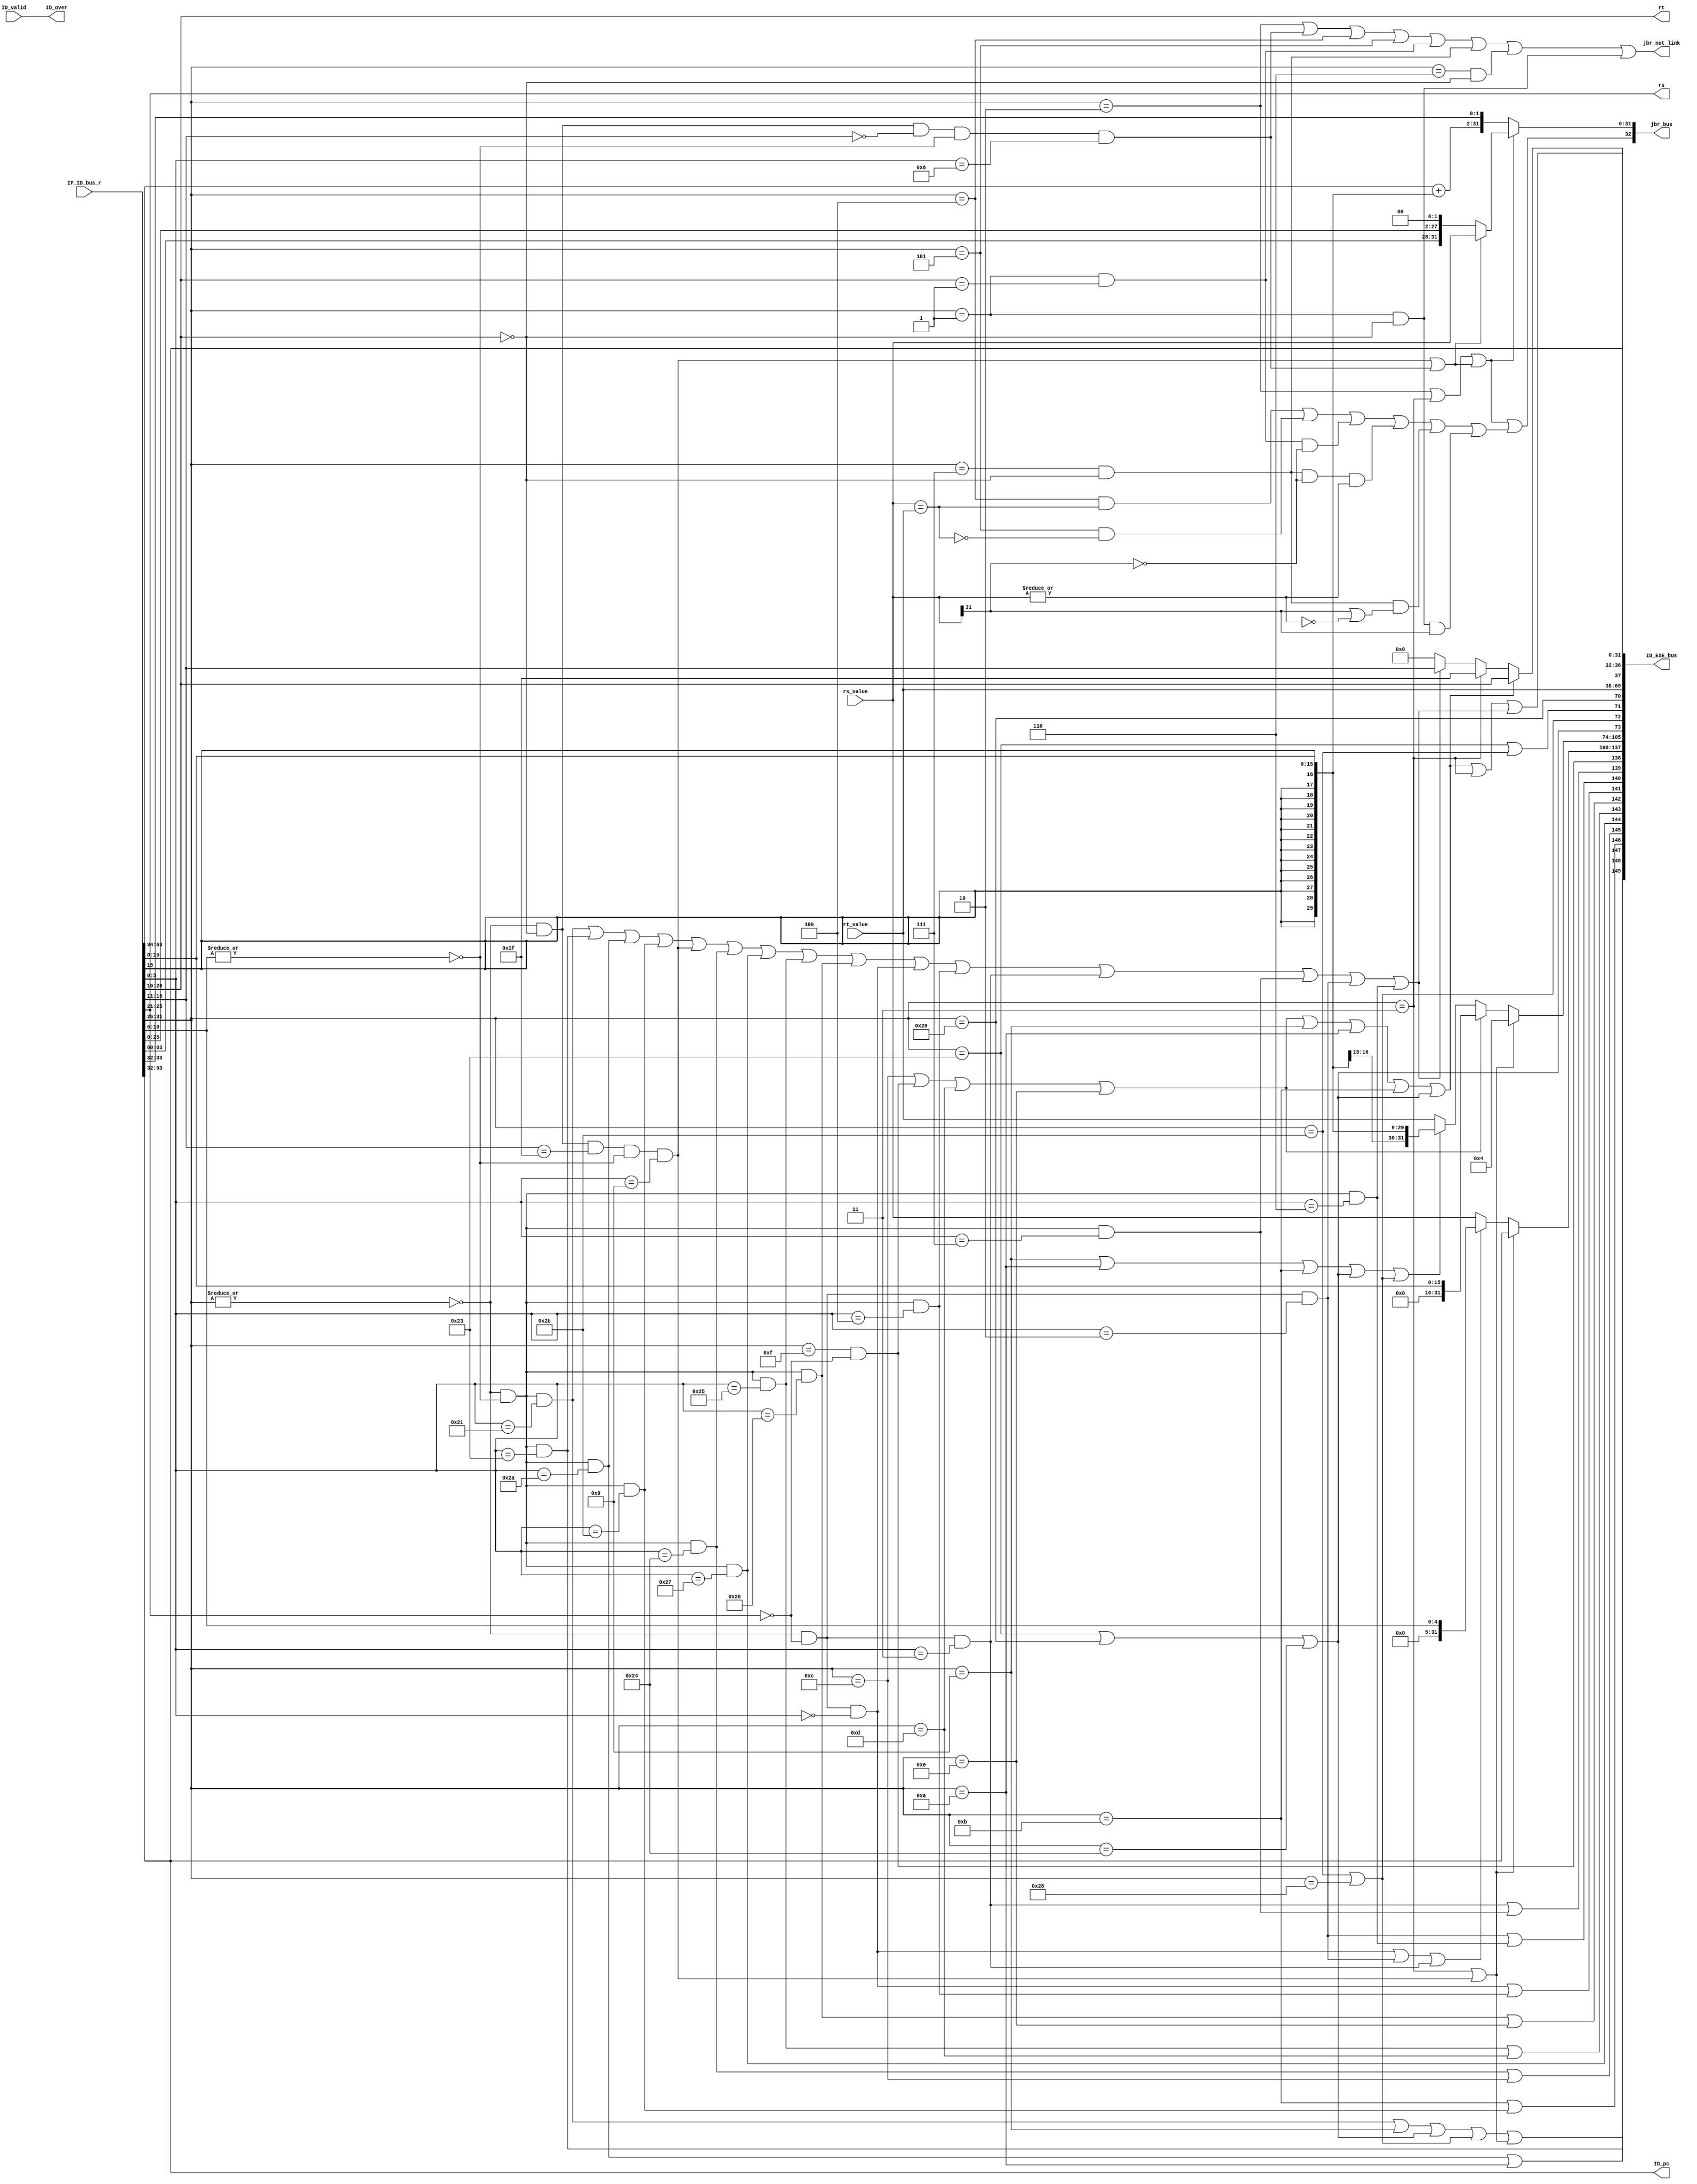
`timescale 1ps / 1ps
module st2_decode (  // 
    input ID_valid,  // 
    input [63:0] IF_ID_bus_r,  // IF->ID
    input [31:0] rs_value,  // 1
    input [31:0] rt_value,  // 2
    output [4:0] rs,  // 1
    output [4:0] rt,  // 2
    output [32:0] jbr_bus,  //  {jbr_taken, jbr_target}
    output jbr_not_link,  // link
    output ID_over,  // ID
    output [149:0] ID_EXE_bus,  // ID->EXE

    //pc
    output [31:0] ID_pc
);
  // IF->ID begin
  wire [31:0] pc;
  wire [31:0] inst;
  assign {pc, inst} = IF_ID_bus_r;  // IF->IDpc
  // IF->ID end

  //inst decode begin
  wire [ 5:0] op;
  wire [ 4:0] rd;
  wire [ 4:0] sa;
  wire [ 5:0] funct;
  wire [15:0] imm;
  wire [15:0] offset;
  wire [25:0] target;

  assign op = inst[31:26];  // 
  assign rs = inst[25:21];  // 1
  assign rt = inst[20:16];  // 2
  assign rd = inst[15:11];  // 
  assign sa = inst[10:6];  //  
  assign funct = inst[5:0];  // 
  assign imm = inst[15:0];  //
  assign offset = inst[15:0];  // 
  assign target = inst[25:0];  // 

  // 
  wire inst_ADDU, inst_SUBU, inst_SLT, inst_AND;
  wire inst_NOR, inst_OR, inst_XOR, inst_SLL;
  wire inst_SRL, inst_ADDIU, inst_BEQ, inst_BNE;
  wire inst_LW, inst_SW, inst_LUI, inst_J;
  wire inst_SLTU, inst_JALR, inst_JR, inst_SLLV;
  wire inst_SRA, inst_SRAV, inst_SRLV, inst_SLTIU;
  wire inst_SLTI, inst_BGEZ, inst_BGTZ, inst_BLEZ;
  wire inst_BLTZ, inst_LB, inst_LBU, inst_SB;
  wire inst_ANDI, inst_ORI, inst_XORI, inst_JAL;
  wire op_zero;  //  0 
  wire sa_zero;  // sa  0 
  assign op_zero = ~(|op);
  assign sa_zero = ~(|sa);
  assign inst_ADDU = op_zero & sa_zero & (funct == 6'b100001);  // 
  assign inst_SUBU = op_zero & sa_zero & (funct == 6'b100011);  // 
  assign inst_SLT = op_zero & sa_zero & (funct == 6'b101010);  // 
  assign inst_SLTU = op_zero & sa_zero & (funct == 6'b101011);  // 
  assign inst_JALR = op_zero & (rt==5'd0) & (rd==5'd31) & sa_zero & (funct == 6'b001001); // 
  assign inst_JR = op_zero & (rt==5'd0) & (rd==5'd0) & sa_zero & (funct == 6'b001000); // 
  assign inst_AND = op_zero & sa_zero & (funct == 6'b100100);  // 
  assign inst_NOR = op_zero & sa_zero & (funct == 6'b100111);  // 
  assign inst_OR = op_zero & sa_zero & (funct == 6'b100101);  // 
  assign inst_XOR = op_zero & sa_zero & (funct == 6'b100110);  // 
  assign inst_SLL = op_zero & (rs == 5'd0) & (funct == 6'b000000);  // 
  assign inst_SLLV = op_zero & sa_zero & (funct == 6'b000100);  // 
  assign inst_SRA = op_zero & (rs == 5'd0) & (funct == 6'b000011);  // 
  assign inst_SRAV = op_zero & sa_zero & (funct == 6'b000111);  // 
  assign inst_SRL = op_zero & (rs == 5'd0) & (funct == 6'b000010);  // 
  assign inst_SRLV = op_zero & sa_zero & (funct == 6'b000110);  // 
  assign inst_ADDIU = (op == 6'b001001);  // 
  assign inst_SLTI = (op == 6'b001010);  // 
  assign inst_SLTIU = (op == 6'b001011);  // 
  assign inst_BEQ = (op == 6'b000100);  // 
  assign inst_BGEZ = (op == 6'b000001) & (rt == 5'd1);  //  0 
  assign inst_BGTZ = (op == 6'b000111) & (rt == 5'd0);  //  0 
  assign inst_BLEZ = (op == 6'b000110) & (rt == 5'd0);  //  0 
  assign inst_BLTZ = (op == 6'b000001) & (rt == 5'd0);  //  0 
  assign inst_BNE = (op == 6'b000101);  // 
  assign inst_LW = (op == 6'b100011);  // 
  assign inst_SW = (op == 6'b101011);  // 
  assign inst_LB = (op == 6'b100000);  // load 
  assign inst_LBU = (op == 6'b100100);  // load 
  assign inst_SB = (op == 6'b101000);  // 
  assign inst_ANDI = (op == 6'b001100);  // 
  assign inst_LUI = (op == 6'b001111) & (rs == 5'd0);  // 
  assign inst_ORI = (op == 6'b001101);  // 
  assign inst_XORI = (op == 6'b001110);  // 
  assign inst_J = (op == 6'b000010);  // 
  assign inst_JAL = (op == 6'b000011);  // 

  // 
  // 1
  wire inst_jr;  // 
  wire inst_j_link;  // 
  assign inst_jr = inst_JALR | inst_JR;  // 
  assign inst_j_link = inst_JAL | inst_JALR;  // 
  // link
  assign jbr_not_link = inst_J | inst_JR | inst_BEQ | inst_BNE | inst_BGEZ | inst_BGTZ | inst_BLEZ | inst_BLTZ;

  // 2load / store
  wire inst_load;
  wire inst_store;
  assign inst_load  = inst_LW | inst_LB | inst_LBU;  // load
  assign inst_store = inst_SW | inst_SB;  // store

  // 3alu12
  wire inst_add, inst_sub, inst_slt, inst_sltu;
  wire inst_and, inst_nor, inst_or, inst_xor;
  wire inst_sll, inst_srl, inst_sra, inst_lui;
  assign inst_add = inst_ADDU | inst_ADDIU | inst_load | inst_store | inst_j_link;// 
  assign inst_sub = inst_SUBU;  // 
  assign inst_slt = inst_SLT | inst_SLTI;  // 
  assign inst_sltu = inst_SLTIU | inst_SLTU;  // 
  assign inst_and = inst_AND | inst_ANDI;  // 
  assign inst_nor = inst_NOR;  // 
  assign inst_or = inst_OR | inst_ORI;  // 
  assign inst_xor = inst_XOR | inst_XORI;  // 
  assign inst_sll = inst_SLL | inst_SLLV;  // 
  assign inst_srl = inst_SRL | inst_SRLV;  // 
  assign inst_sra = inst_SRA | inst_SRAV;  // 
  assign inst_lui = inst_LUI;  // 

  // 4 sa 
  wire inst_shf_sa;
  assign inst_shf_sa = inst_SLL | inst_SRL | inst_SRA;

  // 5
  wire inst_imm_zero;  //  0 
  wire inst_imm_sign;  // 
  assign inst_imm_zero = inst_ANDI | inst_LUI | inst_ORI | inst_XORI;
  assign inst_imm_sign = inst_ADDIU | inst_SLTI | inst_SLTIU | inst_load | inst_store;

  // 6
  wire inst_wdset_rt;  // rt
  wire inst_wdset_31;  // 31
  wire inst_wdset_rd;  // rd
  assign inst_wdset_rt = inst_imm_zero | inst_ADDIU | inst_SLTI | inst_SLTIU | inst_load;
  assign inst_wdset_31 = inst_JAL;
  assign inst_wdset_rd = inst_ADDU | inst_SUBU | inst_SLT | inst_SLTU | inst_JALR | inst_AND | inst_NOR | inst_OR | inst_XOR | inst_SLL | inst_SLLV | inst_SRA | inst_SRAV | inst_SRL | inst_SRLV;
  // inst decode end

  //  begin
  // 
  wire j_taken;
  wire [31:0] j_target;
  assign j_taken  = inst_J | inst_JAL | inst_jr;
  // rs_value{pc[31:28], target, 2'b00}
  assign j_target = inst_jr ? rs_value : {pc[31:28], target, 2'b00};

  // branch
  wire rs_equql_rt;
  wire rs_ez;
  wire rs_ltz;
  assign rs_equql_rt = (rs_value == rt_value);  // GPR[rs]==GPR[rt]
  assign rs_ez = ~(|rs_value);  // rs0
  assign rs_ltz = rs_value[31];  // rs0
  wire br_taken;
  wire [31:0] br_target;
  //  |  | 0 | 0 | 0 | 0
  assign br_taken= (inst_BEQ & rs_equql_rt) | (inst_BNE & ~rs_equql_rt) | (inst_BGEZ & ~rs_ltz) | (inst_BGTZ & ~rs_ltz & ~rs_ez) | (inst_BGTZ & (rs_ltz | rs_ez)) | (inst_BLTZ & rs_ltz);

  // pc = pc + offset << 2
  assign br_target[31:2] = pc[31:2] + {{14{offset[15]}}, offset};
  assign br_target[1:0] = pc[1:0];

  //  jump or branch 
  wire jbr_taken;
  wire [31:0] jbr_target;
  assign jbr_taken = j_taken | br_taken;
  assign jbr_target = j_taken ? j_target : br_target;

  // IF->ID
  assign jbr_bus = {jbr_taken, jbr_target};
  //  end

  // ID begin
  //  
  // ID
  // ID_validID_over
  assign ID_over = ID_valid;
  // ID end

  // ID->EXE begin
  // EXE
  // ALU
  wire [11:0] alu_control;
  wire [31:0] alu_operand1;
  wire [31:0] alu_operand2;

  // pc31
  // CPUpc + 431
  assign alu_operand1 = inst_j_link ? pc : (inst_shf_sa ? {27'd0, sa} : rs_value);
  assign alu_operand2 = inst_j_link ? 32'd4 : (inst_imm_zero ? {16'd0, imm} : (inst_imm_sign ? {{16{imm[15]}}, imm} : rt_value));
  assign alu_control = {  // ALU
        inst_add,
        inst_sub,
        inst_slt,
        inst_sltu,
        inst_and,
        inst_nor,
        inst_or,
        inst_xor,
        inst_sll,
        inst_srl,
        inst_sra,
        inst_lui
      };
  //  load / store 
  wire lb_sign;  // loadload
  wire Is_word;  // load / store  0: byte; 1: word
  wire [3:0] mem_control;  // MEM
  wire [31:0] store_data;  // store
  assign lb_sign = inst_LB;
  assign Is_word = inst_LW | inst_SW;
  assign mem_control = {inst_load, inst_store, Is_word, lb_sign};

  // 
  wire rf_wen;  // 
  wire [4:0] rf_wdest;  // 
  assign rf_wen = inst_wdset_rt | inst_wdset_31 | inst_wdset_rd;
  assign rf_wdest = inst_wdset_rt ? rt : (inst_wdset_31 ? 5'd31 : (inst_wdset_rd ? rd : 5'd0));// 0
  assign store_data = rt_value;
  assign ID_EXE_bus = {
    alu_control,
    alu_operand1,
    alu_operand2,  // EXE
    mem_control,
    store_data,  // MEM
    rf_wen,
    rf_wdest,  // WB
    pc  // pc
  };
  // ID->EXE end

  // display ID_pc begin
  assign ID_pc = pc;
  // display ID_pc end
endmodule